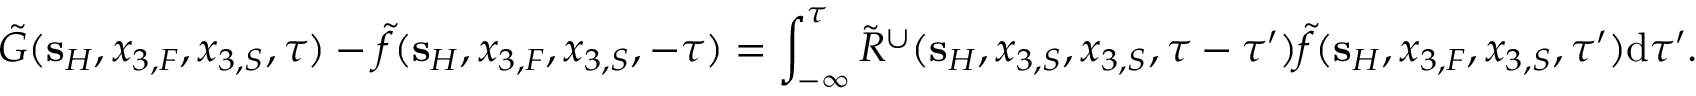
\tilde { G } ( { \bf s } _ { H } , x _ { 3 , F } , x _ { 3 , S } , \tau ) - \tilde { f } ( { \bf s } _ { H } , x _ { 3 , F } , x _ { 3 , S } , - \tau ) = \int _ { - \infty } ^ { \tau } \tilde { R } ^ { \cup } ( { \bf s } _ { H } , x _ { 3 , S } , x _ { 3 , S } , \tau - \tau ^ { \prime } ) \tilde { f } ( { \bf s } _ { H } , x _ { 3 , F } , x _ { 3 , S } , \tau ^ { \prime } ) \mathrm { d } \tau ^ { \prime } .